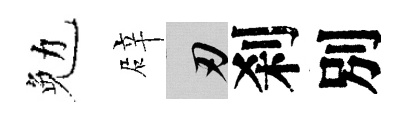
勉辟刃刹別